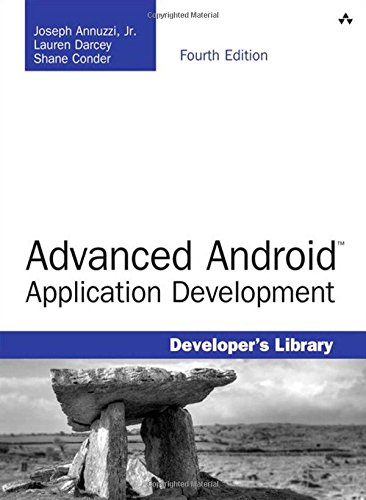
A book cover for Advanced Android Application Development (4th Edition) (Developer's Library); Joseph Annuzzi Jr.; Computers & Technology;